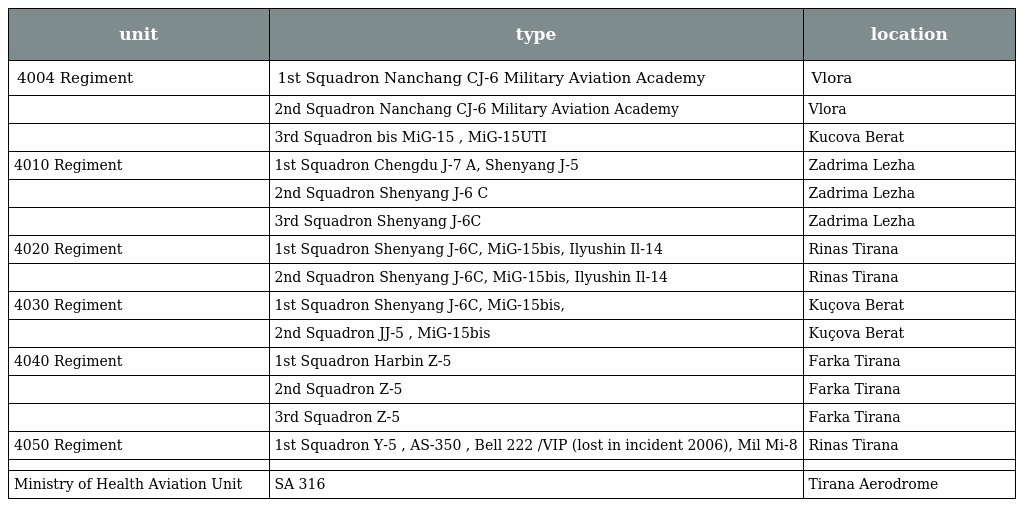
| unit | type | location |
 | --- | --- | --- |
 | 4004 Regiment | 1st Squadron Nanchang CJ-6 Military Aviation Academy | Vlora |
 |  | 2nd Squadron Nanchang CJ-6 Military Aviation Academy | Vlora |
 |  | 3rd Squadron bis MiG-15 , MiG-15UTI | Kucova Berat |
 | 4010 Regiment | 1st Squadron Chengdu J-7 A, Shenyang J-5 | Zadrima Lezha |
 |  | 2nd Squadron Shenyang J-6 C | Zadrima Lezha |
 |  | 3rd Squadron Shenyang J-6C | Zadrima Lezha |
 | 4020 Regiment | 1st Squadron Shenyang J-6C, MiG-15bis, Ilyushin Il-14 | Rinas Tirana |
 |  | 2nd Squadron Shenyang J-6C, MiG-15bis, Ilyushin Il-14 | Rinas Tirana |
 | 4030 Regiment | 1st Squadron Shenyang J-6C, MiG-15bis, | Kuçova Berat |
 |  | 2nd Squadron JJ-5 , MiG-15bis | Kuçova Berat |
 | 4040 Regiment | 1st Squadron Harbin Z-5 | Farka Tirana |
 |  | 2nd Squadron Z-5 | Farka Tirana |
 |  | 3rd Squadron Z-5 | Farka Tirana |
 | 4050 Regiment | 1st Squadron Y-5 , AS-350 , Bell 222 /VIP (lost in incident 2006), Mil Mi-8 | Rinas Tirana |
 |  |  |  |
 | Ministry of Health Aviation Unit | SA 316 | Tirana Aerodrome |